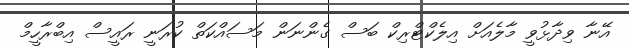
އޭނާ ވިދާޅުވީ މާލެއަށް އިލެކްޓްރިކް ބަސް ގެންނަން މަސައްކަތް ކުރަނީ ރައީސް އިބްރާހީމް